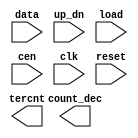
////////////////////////////////////////////////////////////////////////////////
//
//       This confidential and proprietary software may be used only
//     as authorized by a licensing agreement from Synopsys Inc.
//     In the event of publication, the following notice is applicable:
//
//                    (C) COPYRIGHT 1997 - 2023 SYNOPSYS INC.
//                           ALL RIGHTS RESERVED
//
//       The entire notice above must be reproduced on all authorized
//     copies.
//
//
// VERSION:   Simulation Architecture
//
// DesignWare_version: 1638c884
// DesignWare_release: U-2022.12-DWBB_202212.5
//
////////////////////////////////////////////////////////////////////////////////
//-----------------------------------------------------------------------------------
//
// ABSTRACT:  Up/Down Binary Counter w. Output Decode
//           parameterizable wordlength (width > 0)
//           data	- data load input
//	     up_dn	- count direction control
//	     load	- load control (active low)
//	     cen	- counter enable
//	     clk	- positive edge-triggering clock
//           reset	- asynchronous reset (active low)
//	     count_dec	- counter state
//	     tercnt	- terminal count
//
// MODIFIED : 
//            
//      RJK  2/26/2016  Updated for compatibility with VCS-NLP
//           
//-------------------------------------------------------------------------------
module DW03_bictr_decode
  (data, up_dn, load, cen, clk, reset, count_dec, tercnt);

  parameter integer width = 8; 

`define DW_dec_width (1 << width)

  // port list declaration in order
  input [ width- 1: 0] data;
  input up_dn, load, cen, clk, reset;
  output [ `DW_dec_width- 1: 0] count_dec;  reg [ `DW_dec_width- 1: 0] count_dec;
  output tercnt;

// synopsys translate_off

  reg [width-1 : 0] next_state,cur_state;
  reg [width-1 : 0] en_state,next_count;
  reg tcup,tcdn;
  integer bit_pos;

always @ (cur_state)
  begin

    bit_pos = 0;

    while ( (cur_state[bit_pos] !== 1'b0) && (cur_state[bit_pos] !== 1'b1) &&
	    (bit_pos < width) )
      begin
      bit_pos = bit_pos + 1;
      end

    if ( bit_pos >= width )
	count_dec = {`DW_dec_width{1'bx}};
    
    else
      for (bit_pos = 0 ; bit_pos < `DW_dec_width ; bit_pos = bit_pos + 1)
	begin
	if (bit_pos === cur_state)
	    count_dec[bit_pos] = 1'b1;
	
	else
	    count_dec[bit_pos] = 1'b0;
	end
  end

// curent state process

always @ (posedge clk or negedge reset) begin : state_reg_PROC
   if (reset == 1'b0)
     cur_state <= 0;
   else
     cur_state <= next_state;
end

// the next state process

always begin

// When updn = '1' 
   if ( (up_dn === 1'b1) ) begin
	next_count = cur_state + 1;
   end else if ( (up_dn === 1'b0) ) begin
	next_count = cur_state - 1;
   end // if

// when cen = '1' then counter star count up/down
// when cen = '0' counter  unchange value

   if ( (cen === 1'b1) ) begin
     en_state = next_count;
   end else begin
     en_state = cur_state;
   end // if

// When load = '0', data input load to counter
// when load = '1', counter increase/decrease
// depending up/down signal and enable count signal

    if ( (load === 1'b0) ) begin
       next_state = data;
    end else begin
       next_state = en_state;
    end // if

// generate terminal count
   if ( (up_dn === 1'b1) ) begin
      if ( (cur_state === {width{1'b1}} ) ) begin
         tcup = 1'b1;
         tcdn = 1'b0;
       end else begin
         tcup = 1'b0;
         tcdn = 1'b0;
       end // if
   end else if ( (up_dn === 1'b0) ) begin
      if ( (cur_state === {width{1'b0}} ) ) begin
         tcdn = 1'b1;
         tcup = 1'b0;
      end else begin
         tcdn = 1'b0;
	 tcup = 1'b0;
      end // if
   end // if
   @(cur_state or data or load or up_dn or cen);
end // process

  assign tercnt  =  tcup | tcdn;

// synopsys translate_on

`undef DW_dec_width

endmodule // sim;